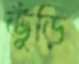
ভুঁড়ি